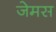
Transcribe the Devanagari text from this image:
जेमस